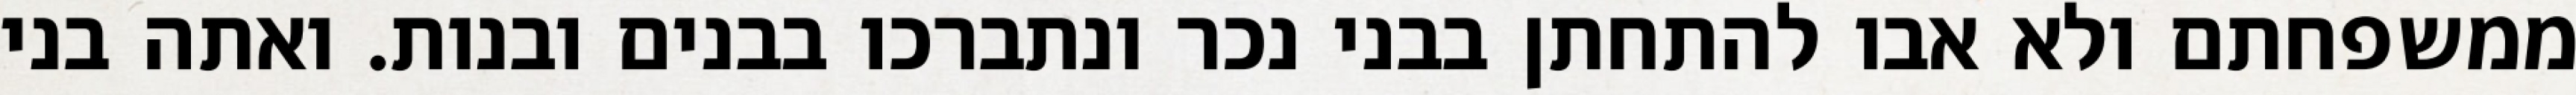
ממשפחתם ולא אבו להתחתן בבני נכר ונתברכו בבנים ובנות. ואתה בני